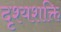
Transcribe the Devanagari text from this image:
दृश्यशक्ति